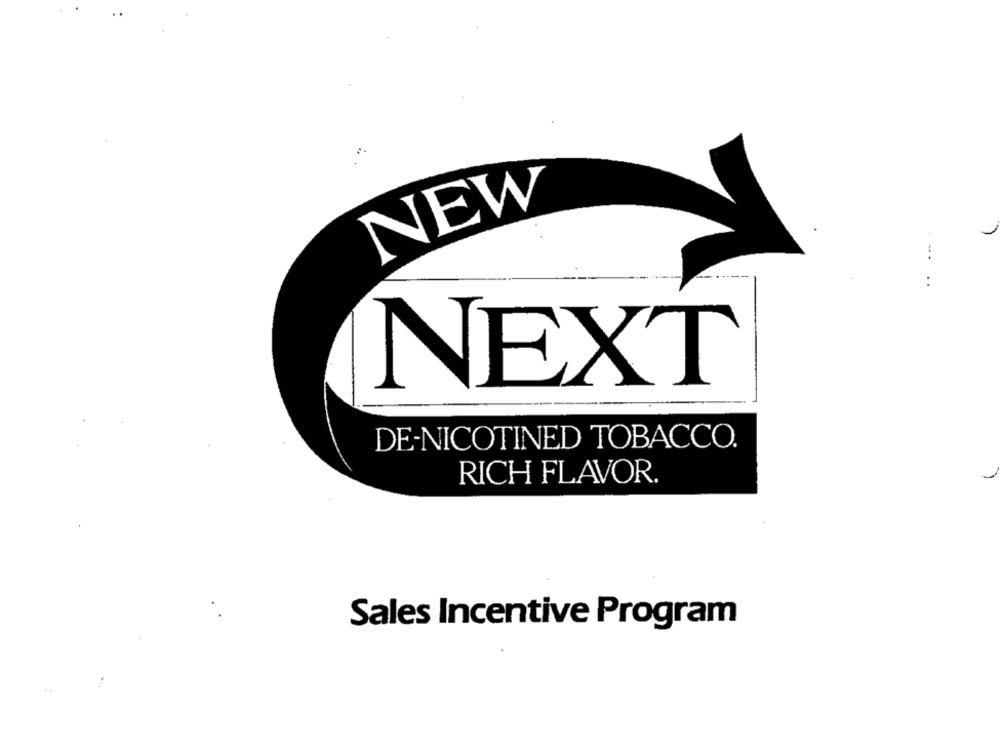
NEW
..
NEXT
DE-NICOTINED TOBACCO.
RICH FLAVOR.
Sales Incentive Program